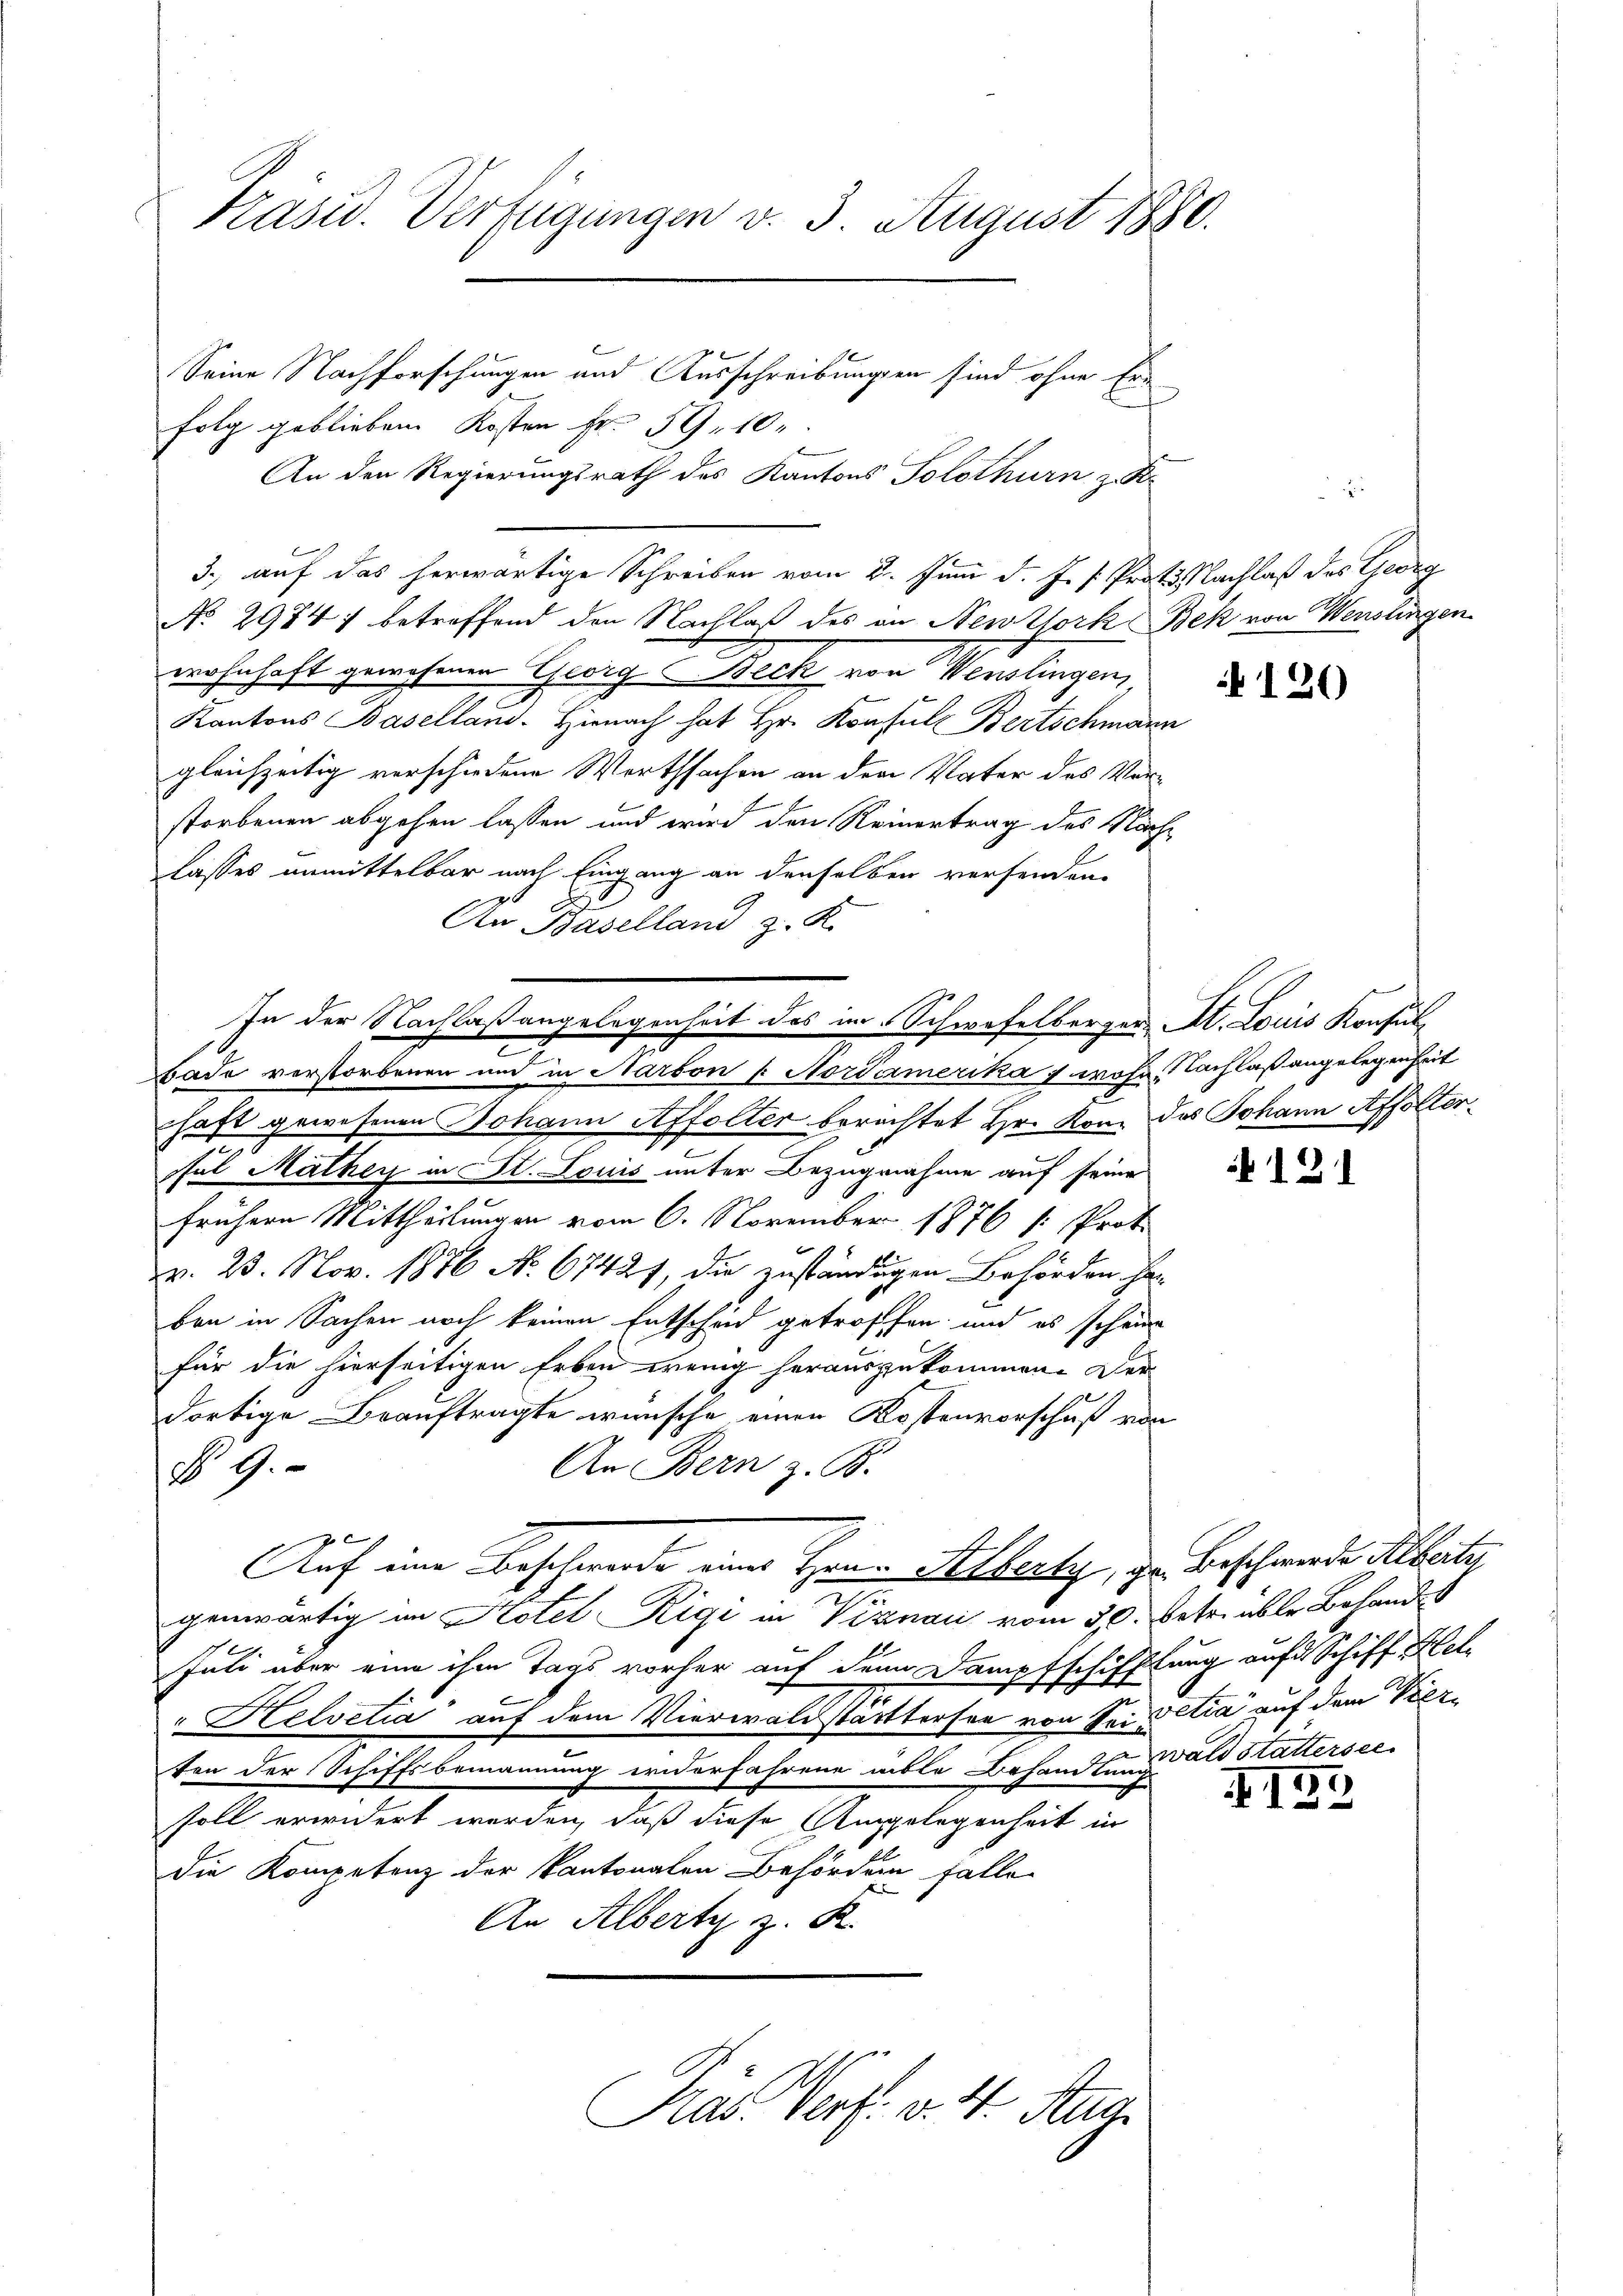
Präsid. Verfügungen v. 3. August 1880.

Seine Nachforschungen und Ausschreibungen sind ohne Erfolg geblieben Kosten Fr. 59. 10.
An den Regierungsrath des Kantons Solothurn z. K.
3. auf das herwärtige Schreiben vom 2. Juni d. J. J. Prot. Nachlaß des Georg
No. 29747 betreffend den Nachlaß des an Newzlork Bek von Wenslingen
wohnhaft gewesenen Georg - Beck von Venslingen,
Kantons Baselland. Hienach hat Hr. Konsul Bertschmann
gleichzeitig verschiedene Wirthsachen an dem Vater des Verstorbenen abgehen lassen und wird den Reinertrag des Nachlasses unmittelbar nach Eingang an denselben verfenden.
2
An Baselland z. K.
haft gewesenen Johann Affolter berichtet Hr. Kon. das Johann Affolterful Mathey in St. Louis unter Bezugnahme auf seine
frühern Mittheilungen vom 6. November 1876 /: Prot.
v. 23. Nov. 1876 No 67427, die zuständigen Behörden her
ben in Sachen noch keinen Entscheid getroffen, und es scheine
für die hierseitigen Erben wenig herauszukommen. Der
dortige Beauftragte wünsche einen Kostenvorschuß von
An Bern z. B.
No 9.
ge
Auf eine Beschwerde eines Hrn. Alberty, dr. Beschwerde Alberte
genwärtig im Hotel Rigi in Viznau vom 30. betr. über Belands
Juli über eine ihm Tags vorher auf den Dampfschifftung auf Schiff Hel
 Helvetia auf dem Vierwaldstattersee von Sei Petia auf dem Vieze
ten der Schiffsbemannung erwerfahrene üble Behandten als Stattersee
soll erwidert werden, daß diese Angelegenheit in
die Kompetenz der Kantonalen Behörden Falle
e
An Albert z. R.

In der Nachlaßangelegenheit des im Schwefelberger At. Louis Konsul
2
bade verstorbenen und in Sarbon /: Nordamerika 7 wohne Nachlaß angelegenheit

Ras. Verf. v. 4. Aug.

126)

121

II